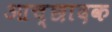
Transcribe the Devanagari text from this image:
आच्छादक